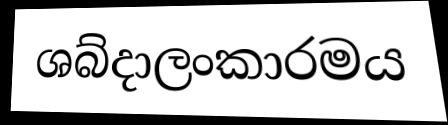
ශබ්දාලංකාරමය